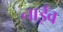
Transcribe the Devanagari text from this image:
नाईव